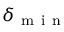
\delta _ { \mathrm { ~ m ~ i ~ n ~ } }